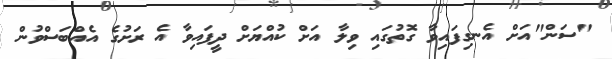
"ސަން"އަށް އެނގިފައިވާ ގޮތުގައި ވިލާ އަށް ކުއްޔަށް ދީފައިވާ އެ ރަށުގެ އެއްބަސްވުން